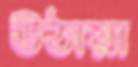
উঠায়া